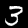
Label: 3